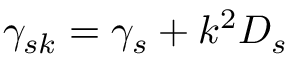
\gamma _ { s k } = \gamma _ { s } + k ^ { 2 } D _ { s }